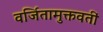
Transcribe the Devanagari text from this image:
वर्जितामुक्तवतीं